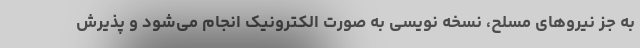
به جز نیروهای مسلح، نسخه نویسی به صورت الکترونیک انجام می‌شود و پذیرش